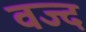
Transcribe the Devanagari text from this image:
वज्द